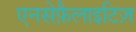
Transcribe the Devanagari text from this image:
एनसेफ़ैलाइटिज़